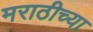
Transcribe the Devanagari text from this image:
मराठीच्‍या